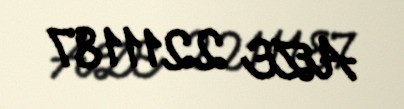
AZE 2211187